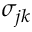
\sigma _ { j k }